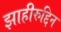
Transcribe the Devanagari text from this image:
झाहीरुद्दिन